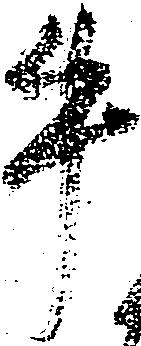
牛